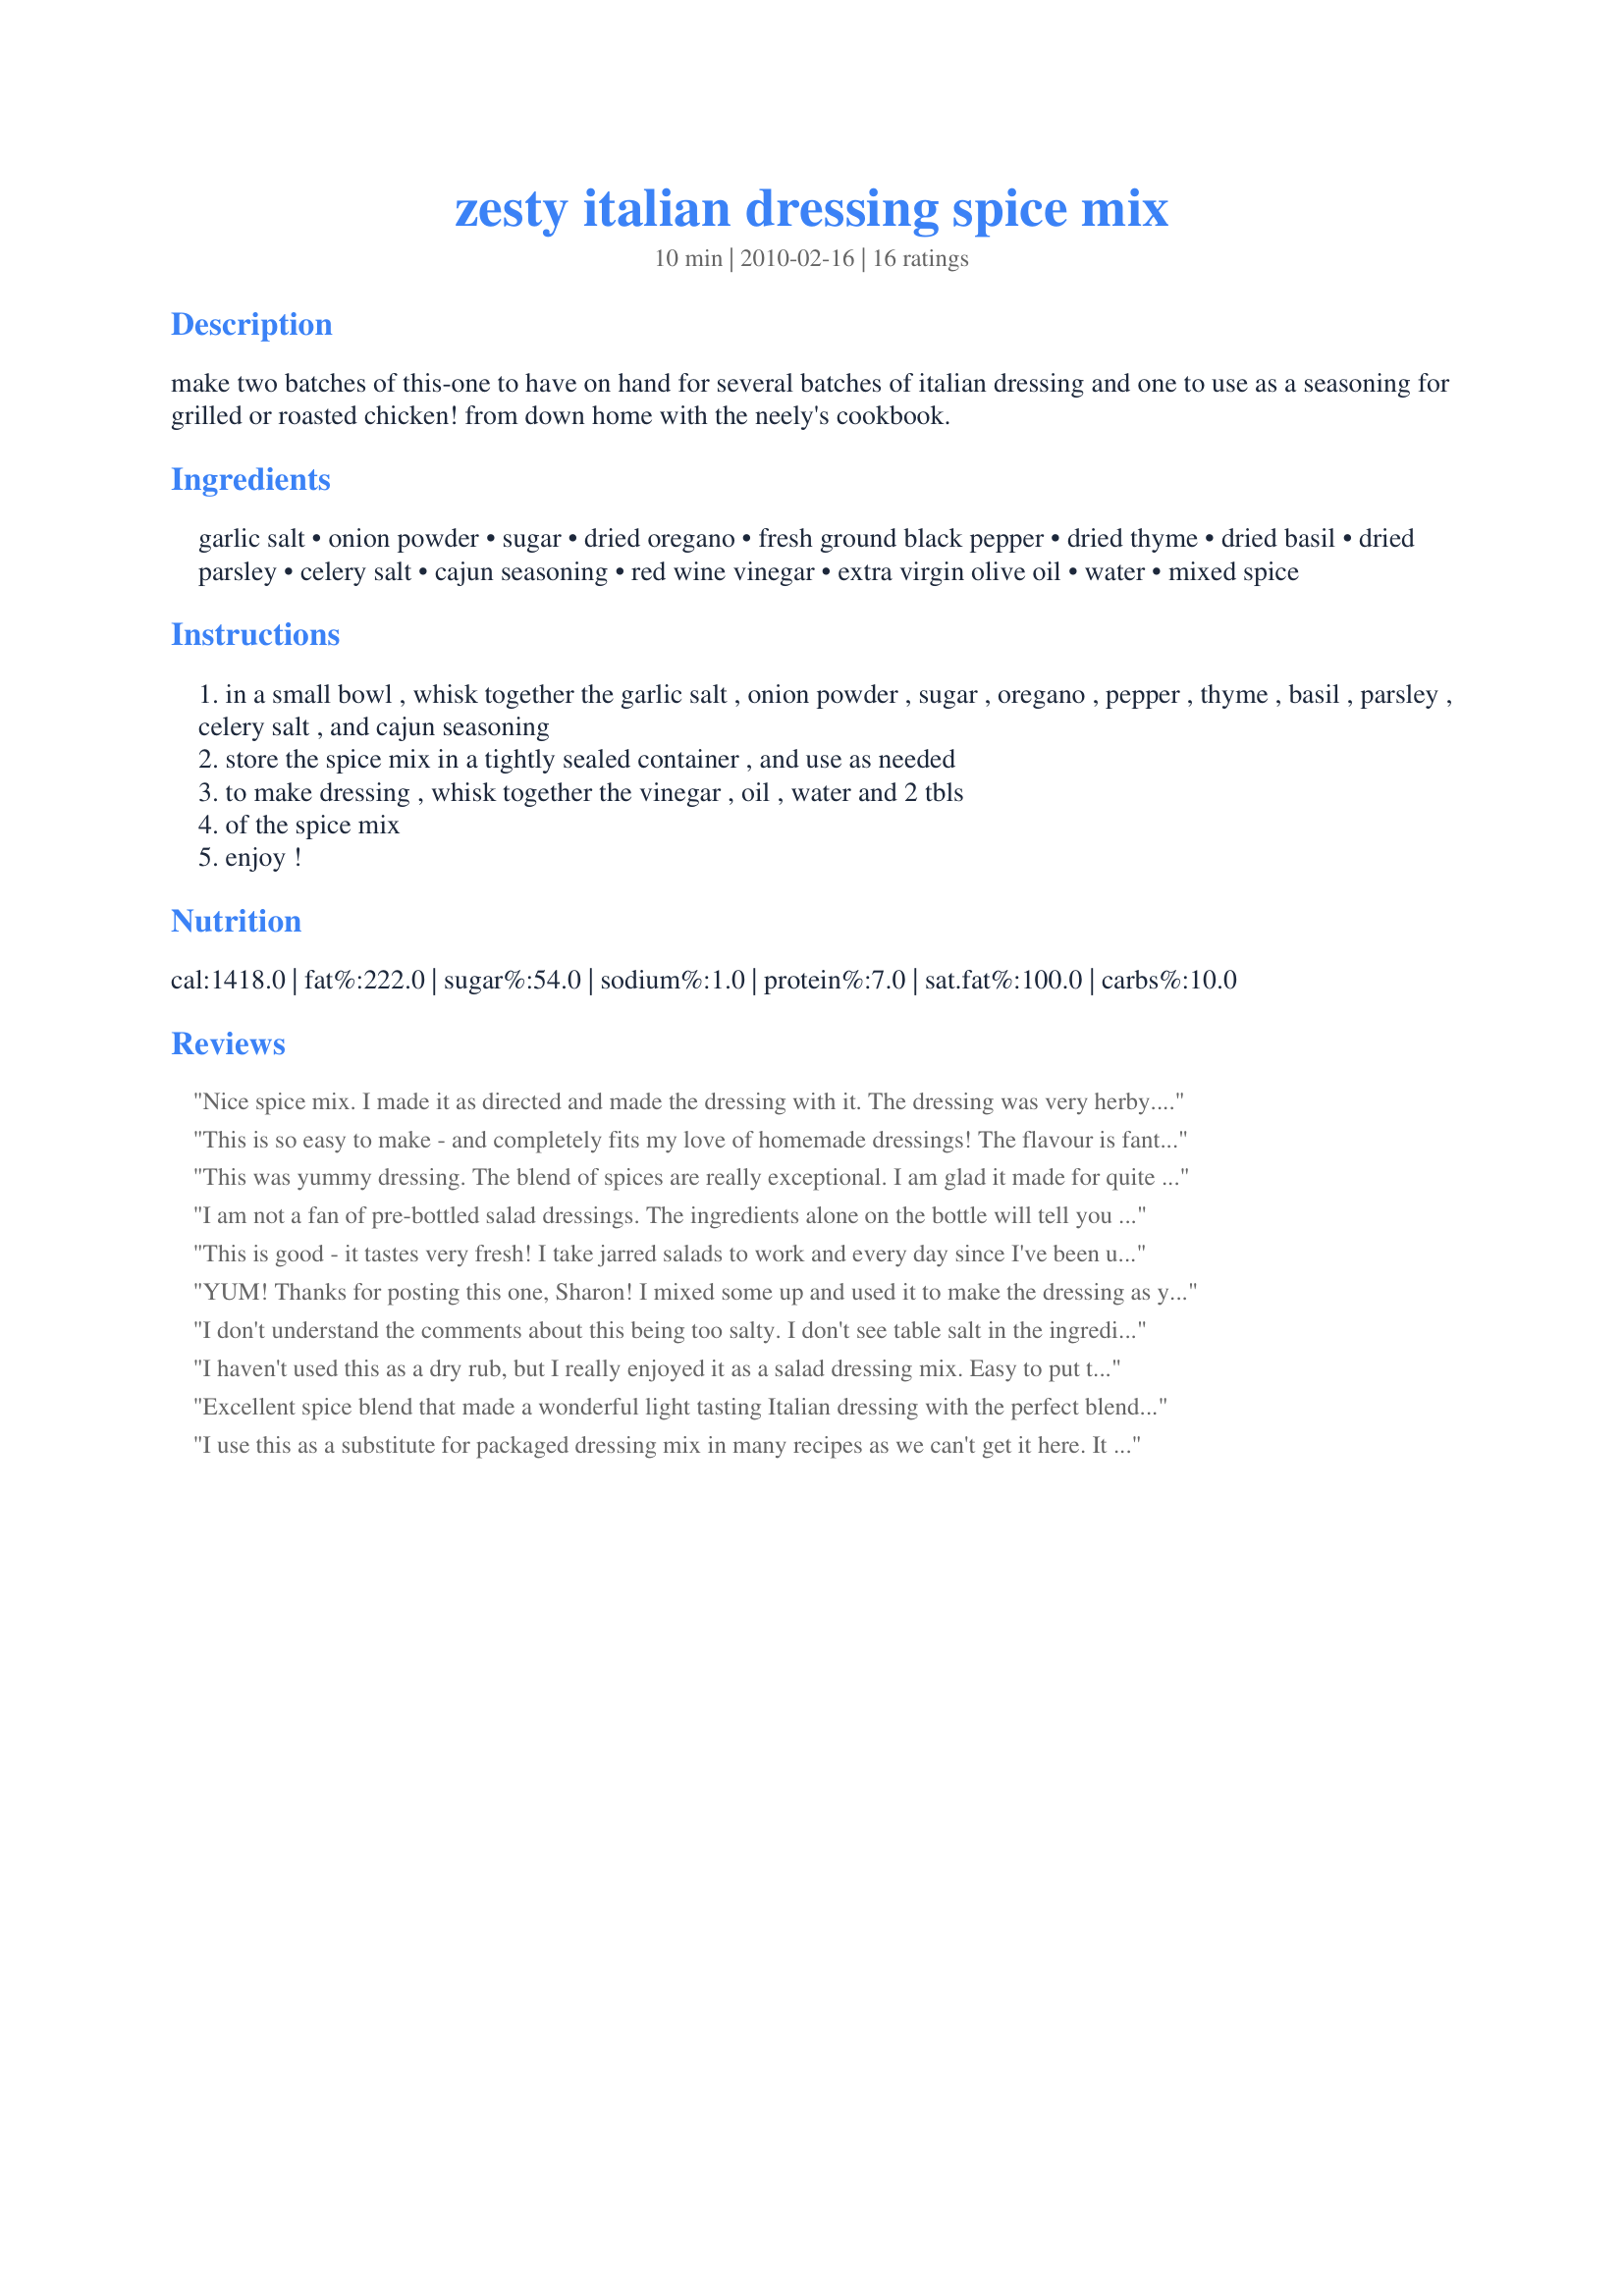
zesty italian dressing spice mix
Preparation time: 10 minutes

make two batches of this-one to have on hand for several batches of italian dressing and one to use as a seasoning for grilled or roasted chicken! from down home with the neely's cookbook.

Ingredients:
garlic salt, onion powder, sugar, dried oregano, fresh ground black pepper, dried thyme, dried basil, dried parsley, celery salt, cajun seasoning, red wine vinegar, extra virgin olive oil, water, mixed spice

Steps:
in a small bowl , whisk together the garlic salt , onion powder , sugar , oregano , pepper , thyme , basil , parsley , celery salt , and cajun seasoning
store the spice mix in a tightly sealed container , and use as needed
to make dressing , whisk together the vinegar , oil , water and 2 tbls
of the spice mix
enjoy !

Reviews:
Nice spice mix. I made it as directed and made the dressing with it. The dressing was very herby...not quite Italian tasting to me. I'm going to try the spice mix on chicken like you suggested and see if I like it better that way. Freddy Cat says hi! Made in honor of Sharon's husband via kittencalskitchen.com.
This is so easy to make - and completely fits my love of homemade dressings! The flavour is fantastic, too! Nice and zesty, lots of herbs, garlic - it's all there! I used recipe #373544 for the cajun seasoning, and as I didn't have onion powder, used onion flakes. Perfect! Thanks so much for posting, Sharon! Recipenapped for Veggie Swap 21.
This was yummy dressing. The blend of spices are really exceptional. I am glad it made for quite a bit of mix. When I mixed with the oils and vinegars I had cut back a bit on the oil part, more like half and half. Next time I would add extra vinegar to make it a bit more tangy. But it was a great dressing for just a simple salad. Had this salad with Recipe #430182 and it went great together. Thanks so much for a delicious lunch Sharon, thanks for sharing. Made in memory of Sharon's DH
I am not a fan of pre-bottled salad dressings. The ingredients alone on the bottle will tell you why. As a result, I really like to make my own from scratch. Italian dressing has to be one of my favorites, so I was really pleased to try this one. I will say, I like this dressing mix more after it sat for a couple hours or so. I used the dressing on some greens right after I mixed it up, and the dried spices were still a little "dried". I might cut back a tad on the oregano next time. I also think I will add a bit more vinegar, as another reviewer suggested, I like it really tangy. I have been using this dressing on my salad all week, with a little bit of nutritional yeast sprinkled over the top as well.
This is good - it tastes very fresh! I take jarred salads to work and every day since I've been using this my co-worker has said &quot;That smells so good1&quot;
YUM! Thanks for posting this one, Sharon! I mixed some up and used it to make the dressing as you suggested. I added extra vinegar, as that's how I always make mine. I love that you can control the salt and sugar in this recipe (I used Splenda).
I don't understand the comments about this being too salty. I don't see table salt in the ingredients list, only garlic salt and celery salt. What am I missing?
I haven't used this as a dry rub, but I really enjoyed it as a salad dressing mix. Easy to put together, and delicious. Thanks for sharing!
Excellent spice blend that made a wonderful light tasting Italian dressing with the perfect blend of spices. I made this up today to use on my salads at work this coming week. Instead of the EVOO I used Canola Oil and Extra Virgin Olive Oil Blend that had Omega-3 DHA added which worked so well with this recipe and made it a little healthier for me. I used Splenda as a sub for the sugar to lower the calories a little more. Thanks so much for sharing. Made for PRMR :)
I use this as a substitute for packaged dressing mix in many recipes as we can't get it here. It does the job well!
PERFECT!! Well with a minor adjustment...extra vinegar when putting the dressing together. I did make it well ahead of time to let all the flavors come out. I absolutely love that there is like three more spice mixtures sitting in the pantry standing by. Very quick to throw together as well....add oil, little less vinegar, and a little less water with two scoops spice! I put it in an old dressing bottle & we are in business!! Thanks Sharon!! Veg*n Swap 25!!
I have to give this recipe 5 stars. I have always liked Good Seasons Italian Dressing Mix, but am now on a sodium restricted diet so had to say bye bye to a few favorite recipes that used this seasoning. Today I found this recipe and of course I had to go right in the kitchen and whip up a batch. I used garlic powder instead of garlic salt, celery seed instead of celery salt, used only 1/4 teaspoon of salt and also made the Cajun Seasoning Mix also found on the food.com site. One person mentioned they had trouble keeping the spices from floating to the top and so I put the seasoning in the blender and made a fine powder just like what comes out of a Good Seasoning package. We will see if this works. I tasted the finished product as a salad dressing and am totally impressed. I really can&#039;t wait for dinner tonight so I can see how it tastes when the spices have a chance to blend together! I may have just found my substitute and can now bring back some of my favorite comfort recipes! I also think this recipe would be excellent without adding any salt...the cajun spice really kicks it up!
So far I've used this mixture to make the salad dressing and loved it. It all comes together very quickly. Why buy commercial dressing when this is so easy? I'll be trying it as a rub soon, too. Made for Alphabet Soup Tag.
Made up the spice mix for this recipe to use more as a blend to shake on veggies, meats etc... flavor combination is wonderful. To be honest, I don't know if I will ever make it into the salad dressing as intended, because it probably won't last in the cabinet long enough. Thanks for Sharing Sharon. Made and reviewed for the 38th AUS/NZ Recipe Swap.
Hard to eat as it is so salty. I have learned over the years that companies try to rip people off by selling garlic SALT, celery SALT, etc. The spices are FAR MORE EXPENSIVE than SALT :) It is much more efficient to buy the herb and add ONLY what you need. You CAN ADD BUT NEVER TAKE AWAY!!! &lt;br/&gt;ALSO celery? That is not really a universal flavor nor ITALIAN herb, great for poultry buy not all other foods. &lt;br/&gt;ALSO, cajun? LOL This is more Cajun than Italian? True Italian is olive oil and red-wine vinegar.
I have been making this for a couple of years now and was sure I had rated it. Oh well, I am doing it now. Today is about the 7th time I have made the blend and I wouldn&#039;t want to be without it in my cupboard! I use it for every recipe where Italian seasoning is called for, I add it to my own spaghetti sauce, dry rub chicken and pork chops with it and now and then use it for salad dressing. Thanks so much for sharing this gem!
